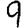
Digit: 9